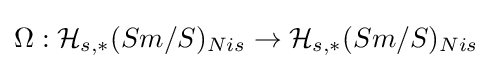
\Omega :{\mathcal {H}}_{s,*}(Sm/S)_{Nis}\to {\mathcal {H}}_{s,*}(Sm/S)_{Nis}